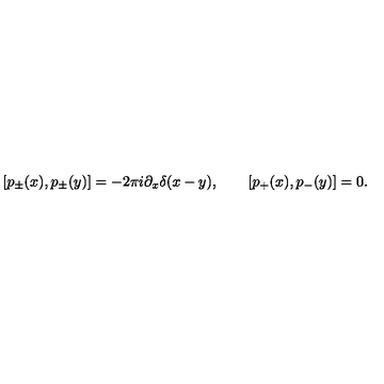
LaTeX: [ p _ { \pm } ( x ) , p _ { \pm } ( y ) ] = - 2 \pi i \partial _ { x } \delta ( x - y ) , \qquad [ p _ { + } ( x ) , p _ { - } ( y ) ] = 0 .